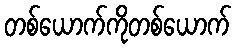
တစ်ယောက်ကိုတစ်ယောက်